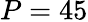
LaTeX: P=45